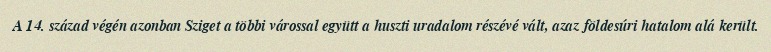
A 14. század végén azonban Sziget a többi várossal együtt a huszti uradalom részévé vált, azaz földesúri hatalom alá került.